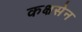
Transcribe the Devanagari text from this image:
कक्षसेन